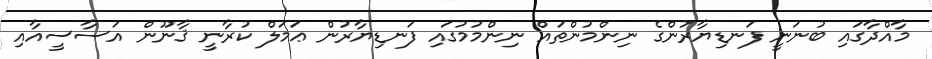
މާއްދާގައި ބުނަނީ ފަނޑިޔާރުންގެ ނިންމުންތައް ނިންމުމުގައި ފަނޑިޔާރުން ޢަމަލް ކުރާނީ ޤާނޫން އަސާސީއާއި